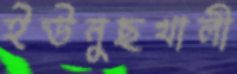
ইউনুছখালী